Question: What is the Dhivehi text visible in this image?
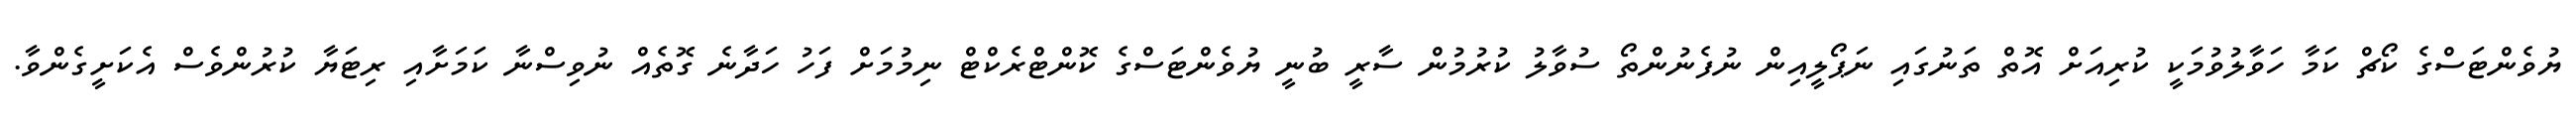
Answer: ޔުވެންޓަސްގެ ކޯޗް ކަމާ ހަވާލުވުމަކީ ކުރިއަށް އޮތް ތަނުގައި ނަޕޯލީއިން ނުފެނުންތޯ ސުވާލު ކުރުމުން ސާރީ ބުނީ ޔުވެންޓަސްގެ ކޮންޓްރެކްޓް ނިމުމަށް ފަހު ހަދާނެ ގޮތެއް ނުވިސްނާ ކަމަށާއި ރިޓަޔާ ކުރުންވެސް އެކަށީގެންވާ.